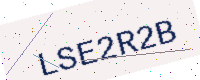
Text: LSE2R2B